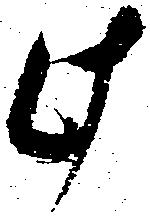
此